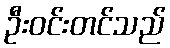
ဦးဝင်းတင်သည်